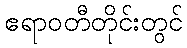
ဧရာဝတီတိုင်းတွင်